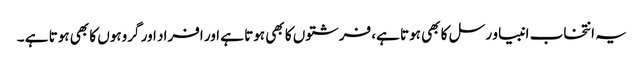
یہ انتخاب انبیا و رسل کا بھی ہوتا ہے، فرشتوں کا بھی ہوتا ہے اور افراد اور گروہوں کا بھی ہوتا ہے ۔